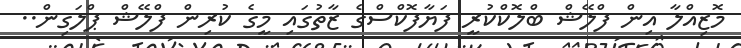
މޮޒިއްލާ އިން ފްލޭޝް ބްލޮކްކުރީ ފަޔާފޮކްސްގެ ޒާތުގައި މީގެ ކުރިން ފްލޭޝް ޕްލަގިން..